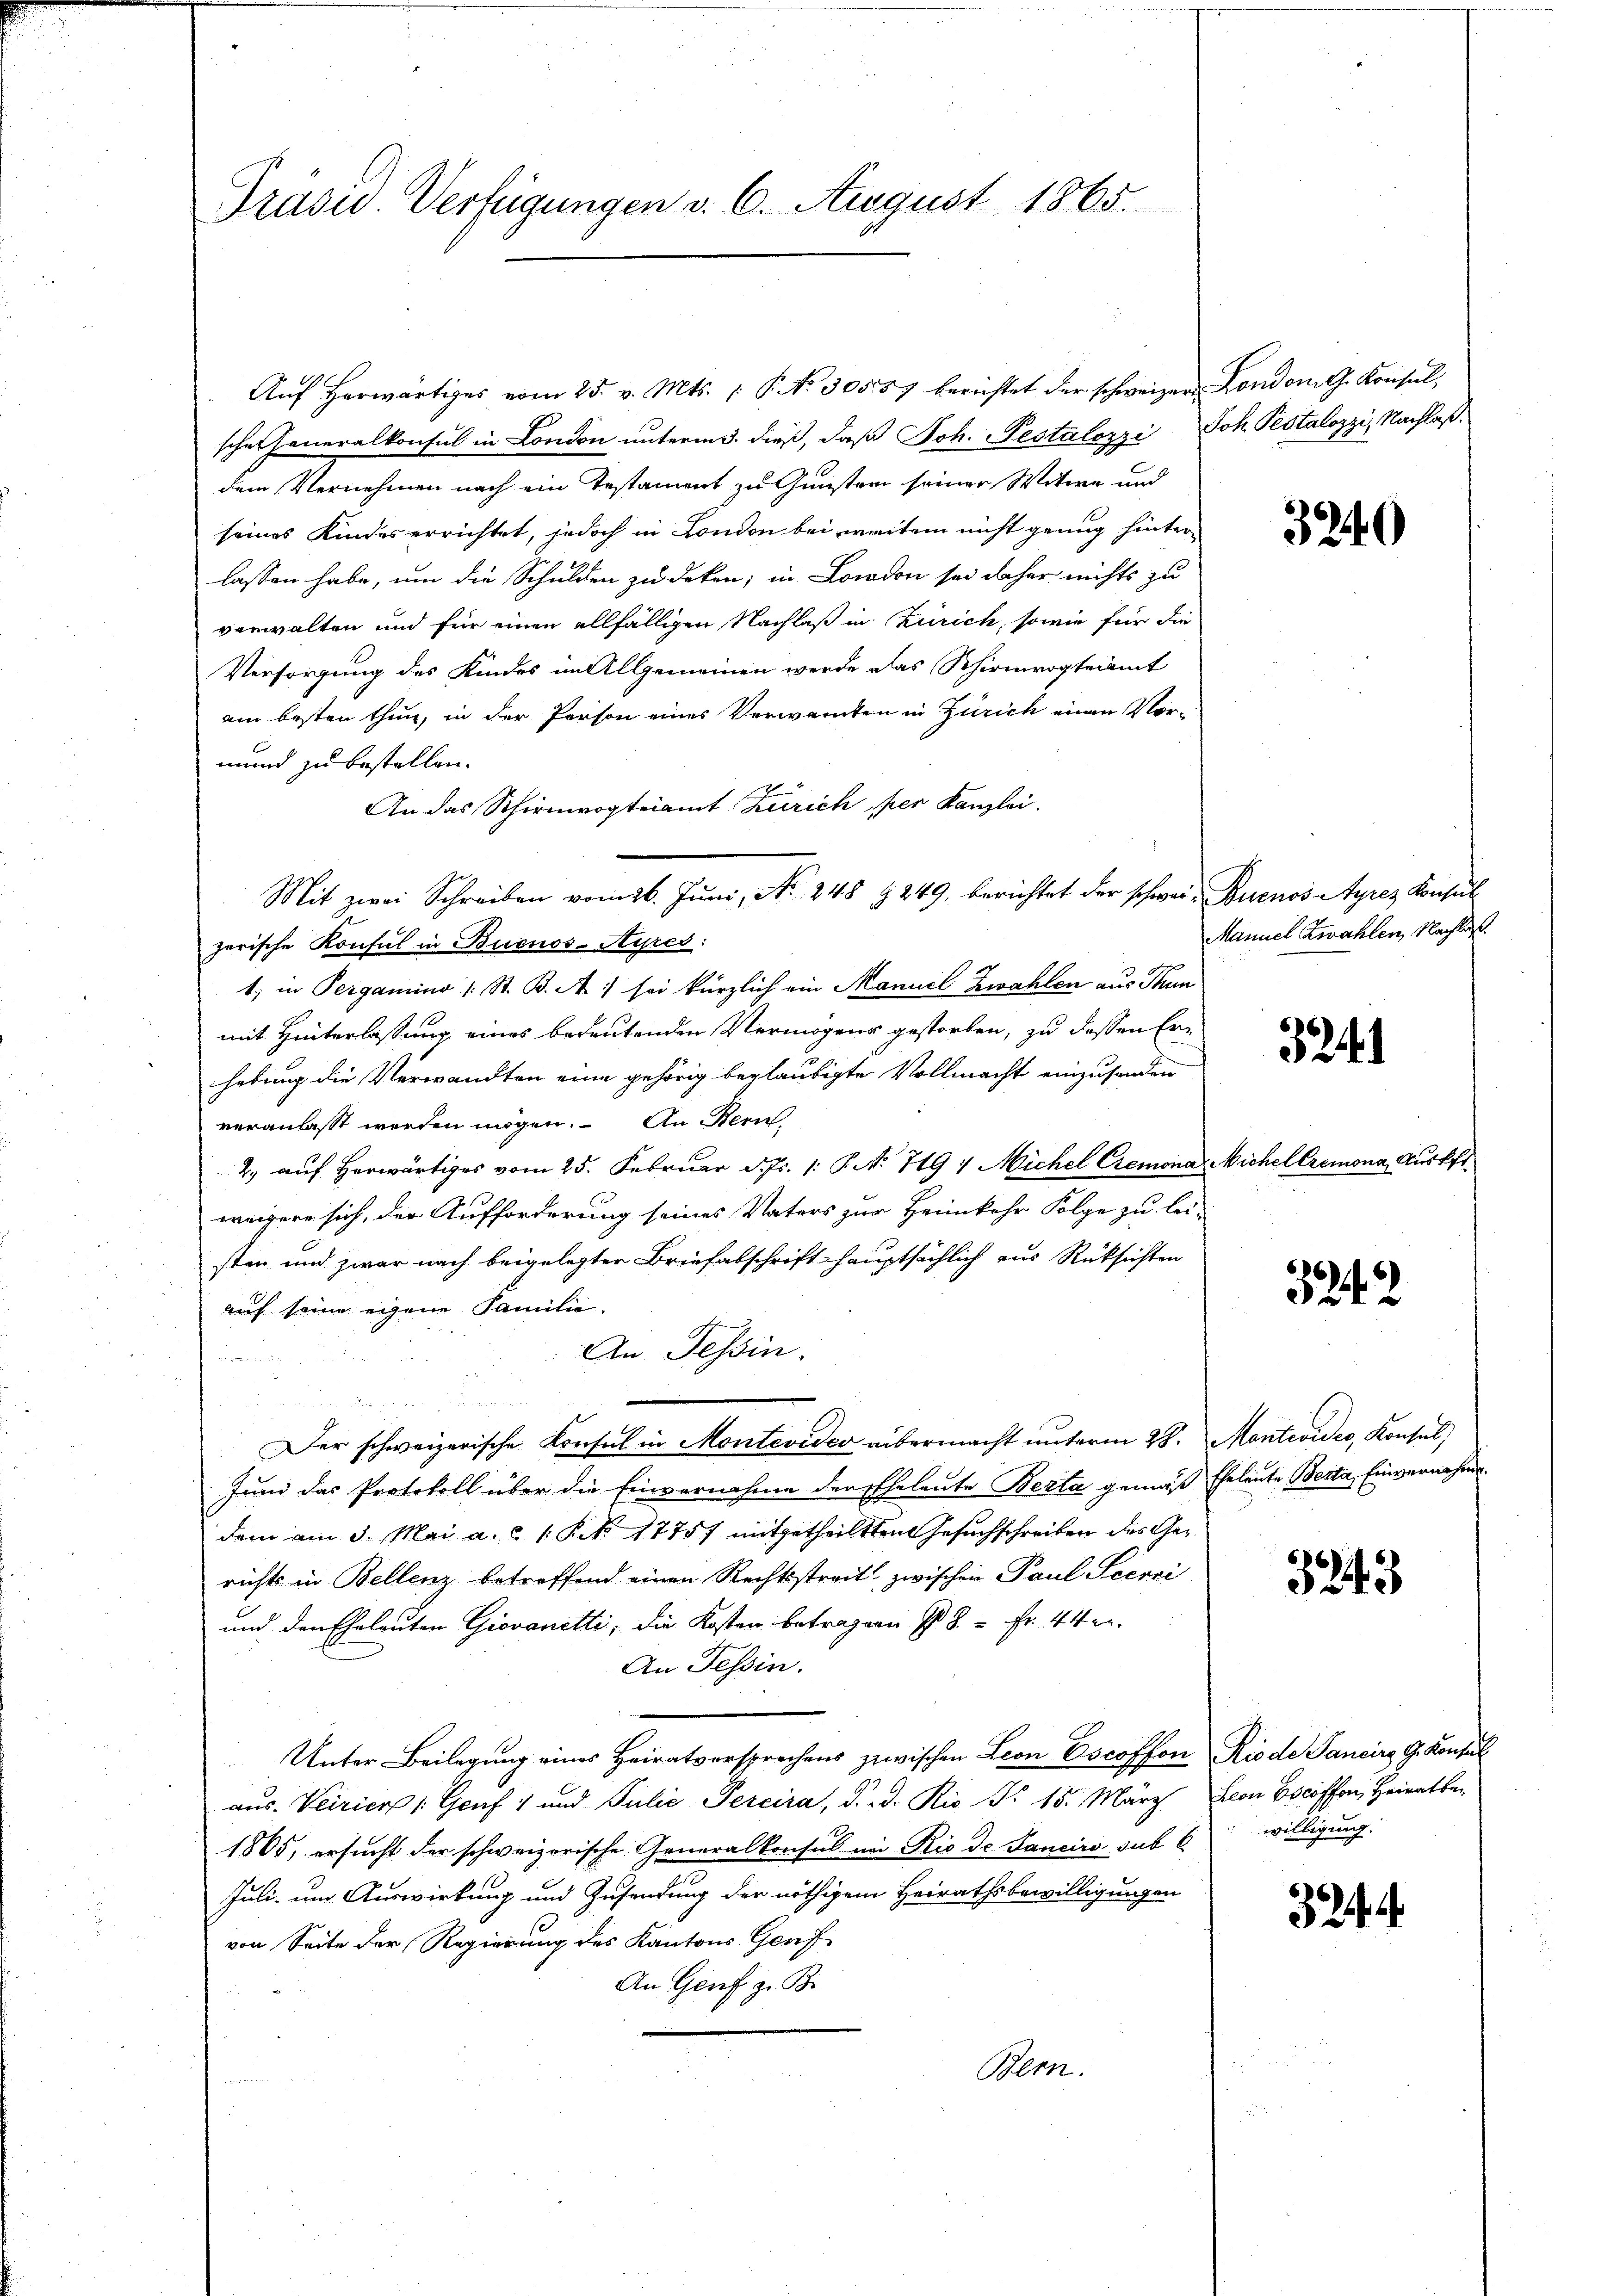
Präsu. Verfügungen v. 6. August 1865.

Aŭf herwärtiges vom 25. v. Mts. 1. P. Nr. 30557 berichtet der schweizer London. G. Konsul,
sche Generalkonsul in London unterm 3. dieß, daß Joh. Pestalozzi Joh. Pestalozzi, Nachlaß
dem Vernehmen nach ein Testament zu Gunstern seiner Witwe und
seines Kindes errichtet, jedoch in London bei weitem nicht genug hinter-
lassen habe, um die Schulden zu dekon; in London sei daher nichts zu
verwalten und für einen allfälligen Nachlaß in Zürich, sowie für die
Versorgung des Kindes im Algemeinen werde das Schirmvogteiamt
ain besten thun, in der Person eines Verwarten in Zürich einen Vormund zu bestellen.
An das Schirmvogteiamt Zürich per Kanzlei.
Mit zwei Schreiben vom 26. Juni, No. 248 § 249, berichtet der schwer- Buenos Ayres Konsul
zerische Konsul in Buenos-Ayres:
1. in Pergamino (: St. B. A.) sei kürzlich ein Manuel Zwahlen aus Stum
mit Hinterlassung, eines bedeutenden Vermögens gestorben, zu dessen Erhebung die Verwandten eine gehörig beglaubigte Vollmacht einzusenden
veranlaßt werden mögen. An ern
2. auf Herwärtiges vom 25. Februar J. J. 1: P. No 719 4 Michel Cremona Michellremona, Auskftweigere sich, der Aufforderung seines Vaters zur Heimkehr Folge zu lei-
sten und zwar nach beigelegter Briefabschrift hauptsächlich aus Rüksichten
auf seine eigene Familie.
An Tessin.
in einen

u
Der schweizerische Konsul in Montevideo abermacht unterm 28. Montevider, Konsul
Juni das Protokoll über die Einvernahme der Eheleute Berta gemäß Eheleute Beite Einvernahme.
dem am 3. Mai a. c. 1 Pk 17757 mitgetheilten Gesuchschreiben des Gerichts in Bellenz betreffend einen Rechtsstreit zwischen Paul Seerri
und den Eheleuten Giovanetti, die Kosten betragen d. 8.  Fr. 44 er¬
An Tessin.
Unter Beilegung eines Heiratversprechens zwischen Leon Escoffon Riode Pancire G. Konsul
aus. Veirier (Genf 1 und Julie Percira, d. d. Rio Nr. 15. März Leon Escoffen, Heimatbe
1865, ersucht der schweizerische Generalkonsul in Rio de Sanciro sub 6 willigung:
Juli um Auswirkung und Zusendung der nöthigem Heirathsbewilligungen
von Seite der Regierung des Kantons Genf
An Genf z. B.
Bern.
gegen

3240

Manuel Zwahlen Nachlaß.

3241

342

3243

3